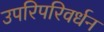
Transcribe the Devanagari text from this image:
उपरिपरिवर्धन